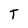
Character: T